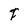
Character: F